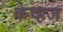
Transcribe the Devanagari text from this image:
केव्हज